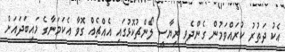
އެކު ދަތުރު ކުރައްވަމުން ގެންދެވި ރިޔާސީ ލޯންޗުކޮޅުގައި އެއްޗެއް ގޮވާ އެކަމަނާގެ މައިބަދައަށް